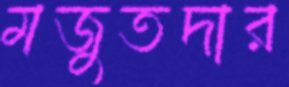
মজুতদার